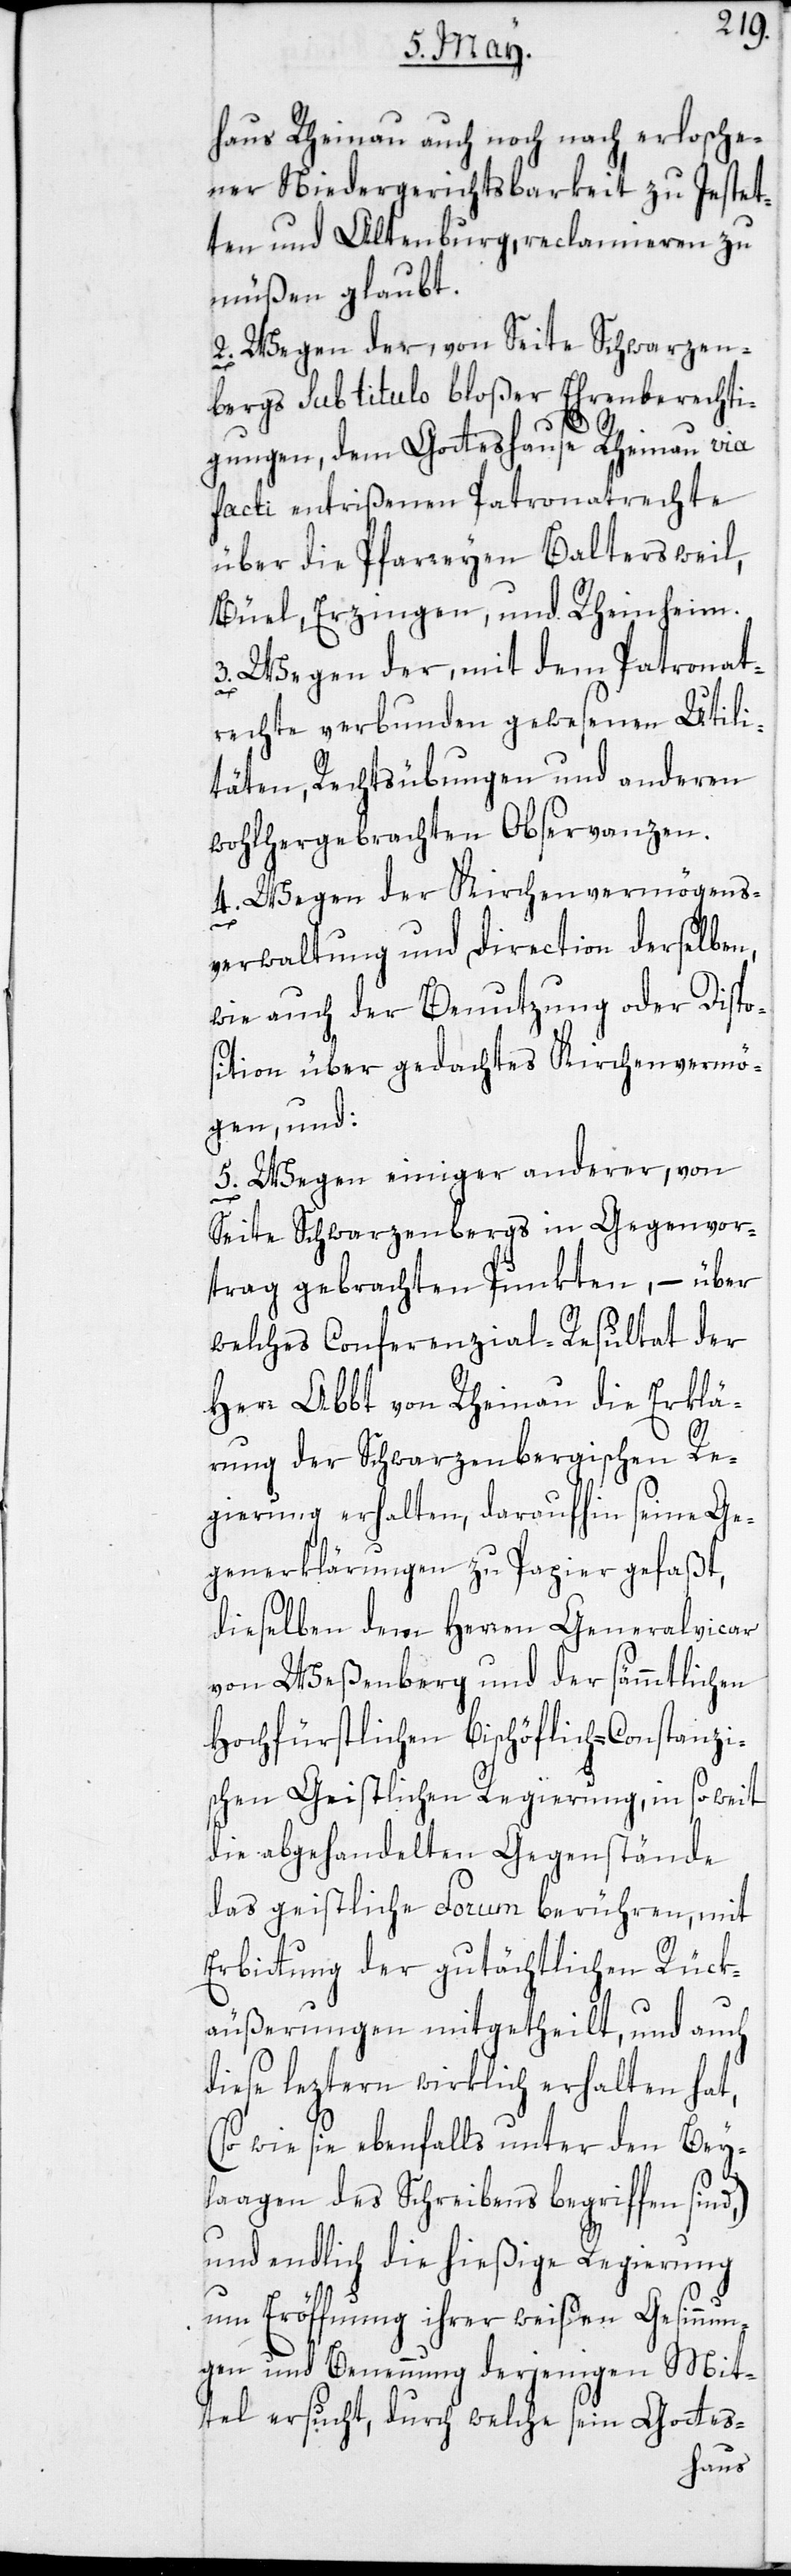
haus Rheinau auch noch nach erlosche¬
ner Niedergerichtsbarkeit zu Jestet¬
ten und Altenburg, reclamieren zu
müßen glaubt.
2. Wegen der, von Seite Schwarzen¬
bergs sub titulo bloßer Ehrenberechti¬
gungen, dem Gotteshause Rheinau via
facti entrißenen Patronatsrechte
über die Pfarreyen Baltersweil,
Büel, Erzingen, und Rheinheim.
3. Wegen der, mit dem Patronat¬
rechte verbunden gewesenen Utili¬
täten, Rechtsübungen und anderen
wohlhergebrachten Observanzen.
4. Wegen der Kirchenvermögens¬
verwaltung und direction derselben,
wie auch der Benutzung oder Dispo¬
sition über gedachtes Kirchenvermö¬
gen, und:
5. Wegen einiger anderer, von
Seite Schwarzenbergs in Gegenvor¬
trag gebrachten Punkten, – über
welches Conferenzial-Resultat der
Herr Abbt von Rheinau die Erklä¬
rung der Schwarzenbergischen Re¬
gierung erhalten, daraufhin seine Ge¬
generklärungen zu Papier gefaßt,
dieselben dem Herren Generalvicar
von Weßenberg und der sämmtlichen
Hochfürstlichen Bischöflich-Constanzi¬
schen Geistlichen Regierung, in soweit
die abgehandelten Gegenstände
das geistliche Forum berühren, mit
Erbittung der gutächtlichen Rück¬
äußerungen mitgetheilt, und auch
diese leztern wirklich erhalten hat,
(so wie sie ebenfalls unter den Bey¬
laagen des Schreibens begriffen sind,)
und endlich die hießige Regierung
um Eröffnung ihrer weisen Gesinnu¬
ngen und Benennung derjenigen Mit¬
tel ersucht, durch welche sein Gottes-